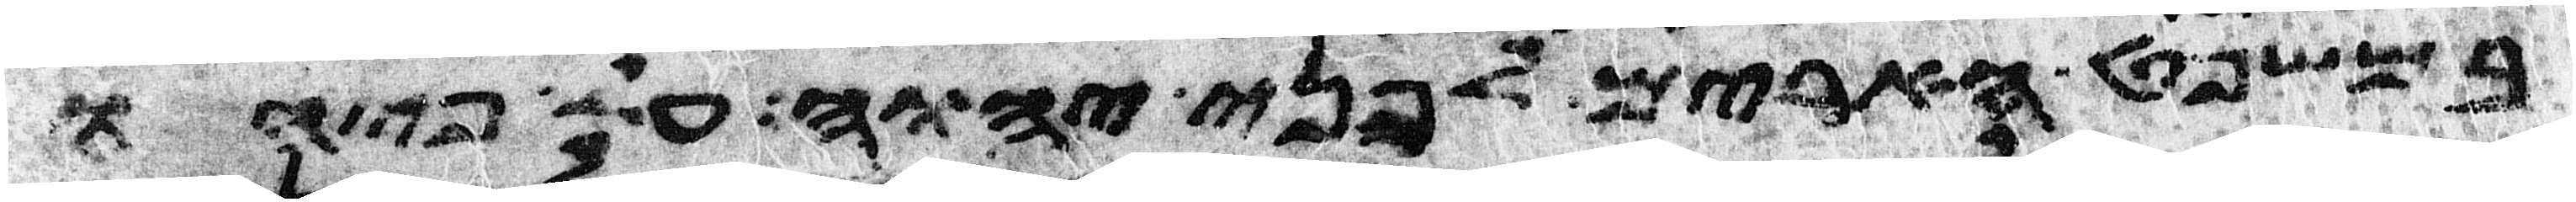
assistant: במשפט הארים לפני יהוה על פיהו